Plague in India, 1896, 1897 - Volume 1
Year: 1896
Disease focus: Plague
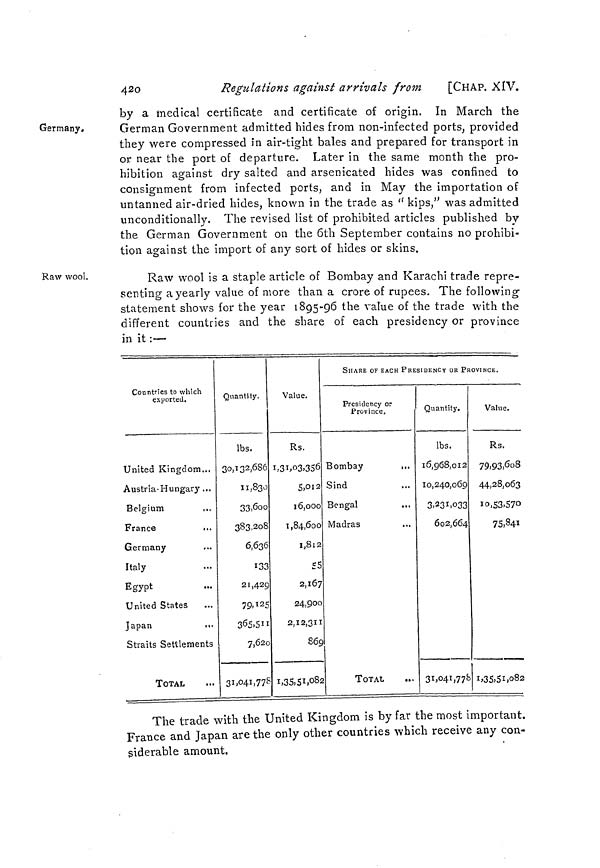
420
Regulations against arrivals from
[CHAP. XIV.
Germany,
by a medical certificate and certificate of origin. In March the
German Government admitted hides from non-infected ports, provided
they were compressed in air-tight bales and prepared for transport in
or near the port of departure. Later in the same month the pro-
hibition against dry salted and arsenicated hides was confined to
consignment from infected ports, and in May the importation of
untanned air-dried hides, known in the trade as " kips," was admitted
unconditionally. The revised list of prohibited articles published by
the German Government on the 6th September contains no prohibi-
tion against the import of any sort of hides or skins.
Raw wool.
Raw wool is a staple article of Bombay and Karachi trade repre-
senting a yearly value of more than a crore of rupees. The following
statement shows for the year 1895-96 the value of the trade with the
different countries and the share of each presidency or province
in it :—
Countries to which
exported.
United Kingdom...
Austria-Hungary ...
Belgium
...
France
•..
Germany
Italy
Egypt
United States
Japan
...
Straits Settlements
TOTAL
Quantity.
Ibs.
30,132,686
11,830
33,600
383,208
6,636
133
21,429
79,125
365,511
7,620
31,041,778
Value.
Rs.
1,31,03,356
5,012
16,000
1,84,600
1,8 1 2
55
2,167
24,900
2,12,311
869
1,35,51,082
SHARE OF EACH PRESIDENCY OR PROVINCE.
Presidency or
Province.
Bombay
,..
Sind
...
Bengal
Madras
TOTAL
Quantity.
lbs.
16,968,012
10,240,069
3,231,033
602,664
31,041,778
Value.
Rs.
79,93,608
44,28,063
10,53,570
75,341
1,35,51,082
The trade with the United Kingdom is by far the most important.
France and Japan are the only other countries which receive any con-
siderable amount.